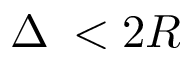
\Delta \: < 2 R